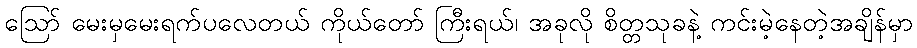
ဪ မေးမှမေးရက်ပလေတယ် ကိုယ်တော် ကြီးရယ်၊ အခုလို စိတ္တသုခနဲ့ ကင်းမဲ့နေတဲ့အချိန်မှာ